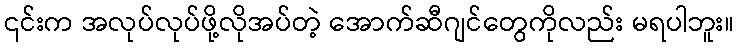
၎င်းက အလုပ်လုပ်ဖို့လိုအပ်တဲ့ အောက်ဆီဂျင်တွေကိုလည်း မရပါဘူး။